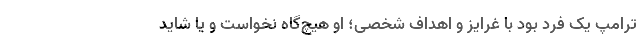
ترامپ یک فرد بود با غرایز و اهداف شخصی؛ او هیچ‌گاه نخواست و یا شاید